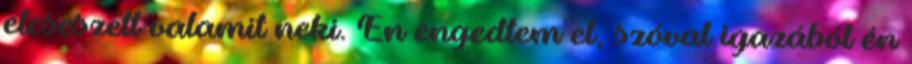
elcseszett valamit neki. Én engedtem el, szóval igazából én